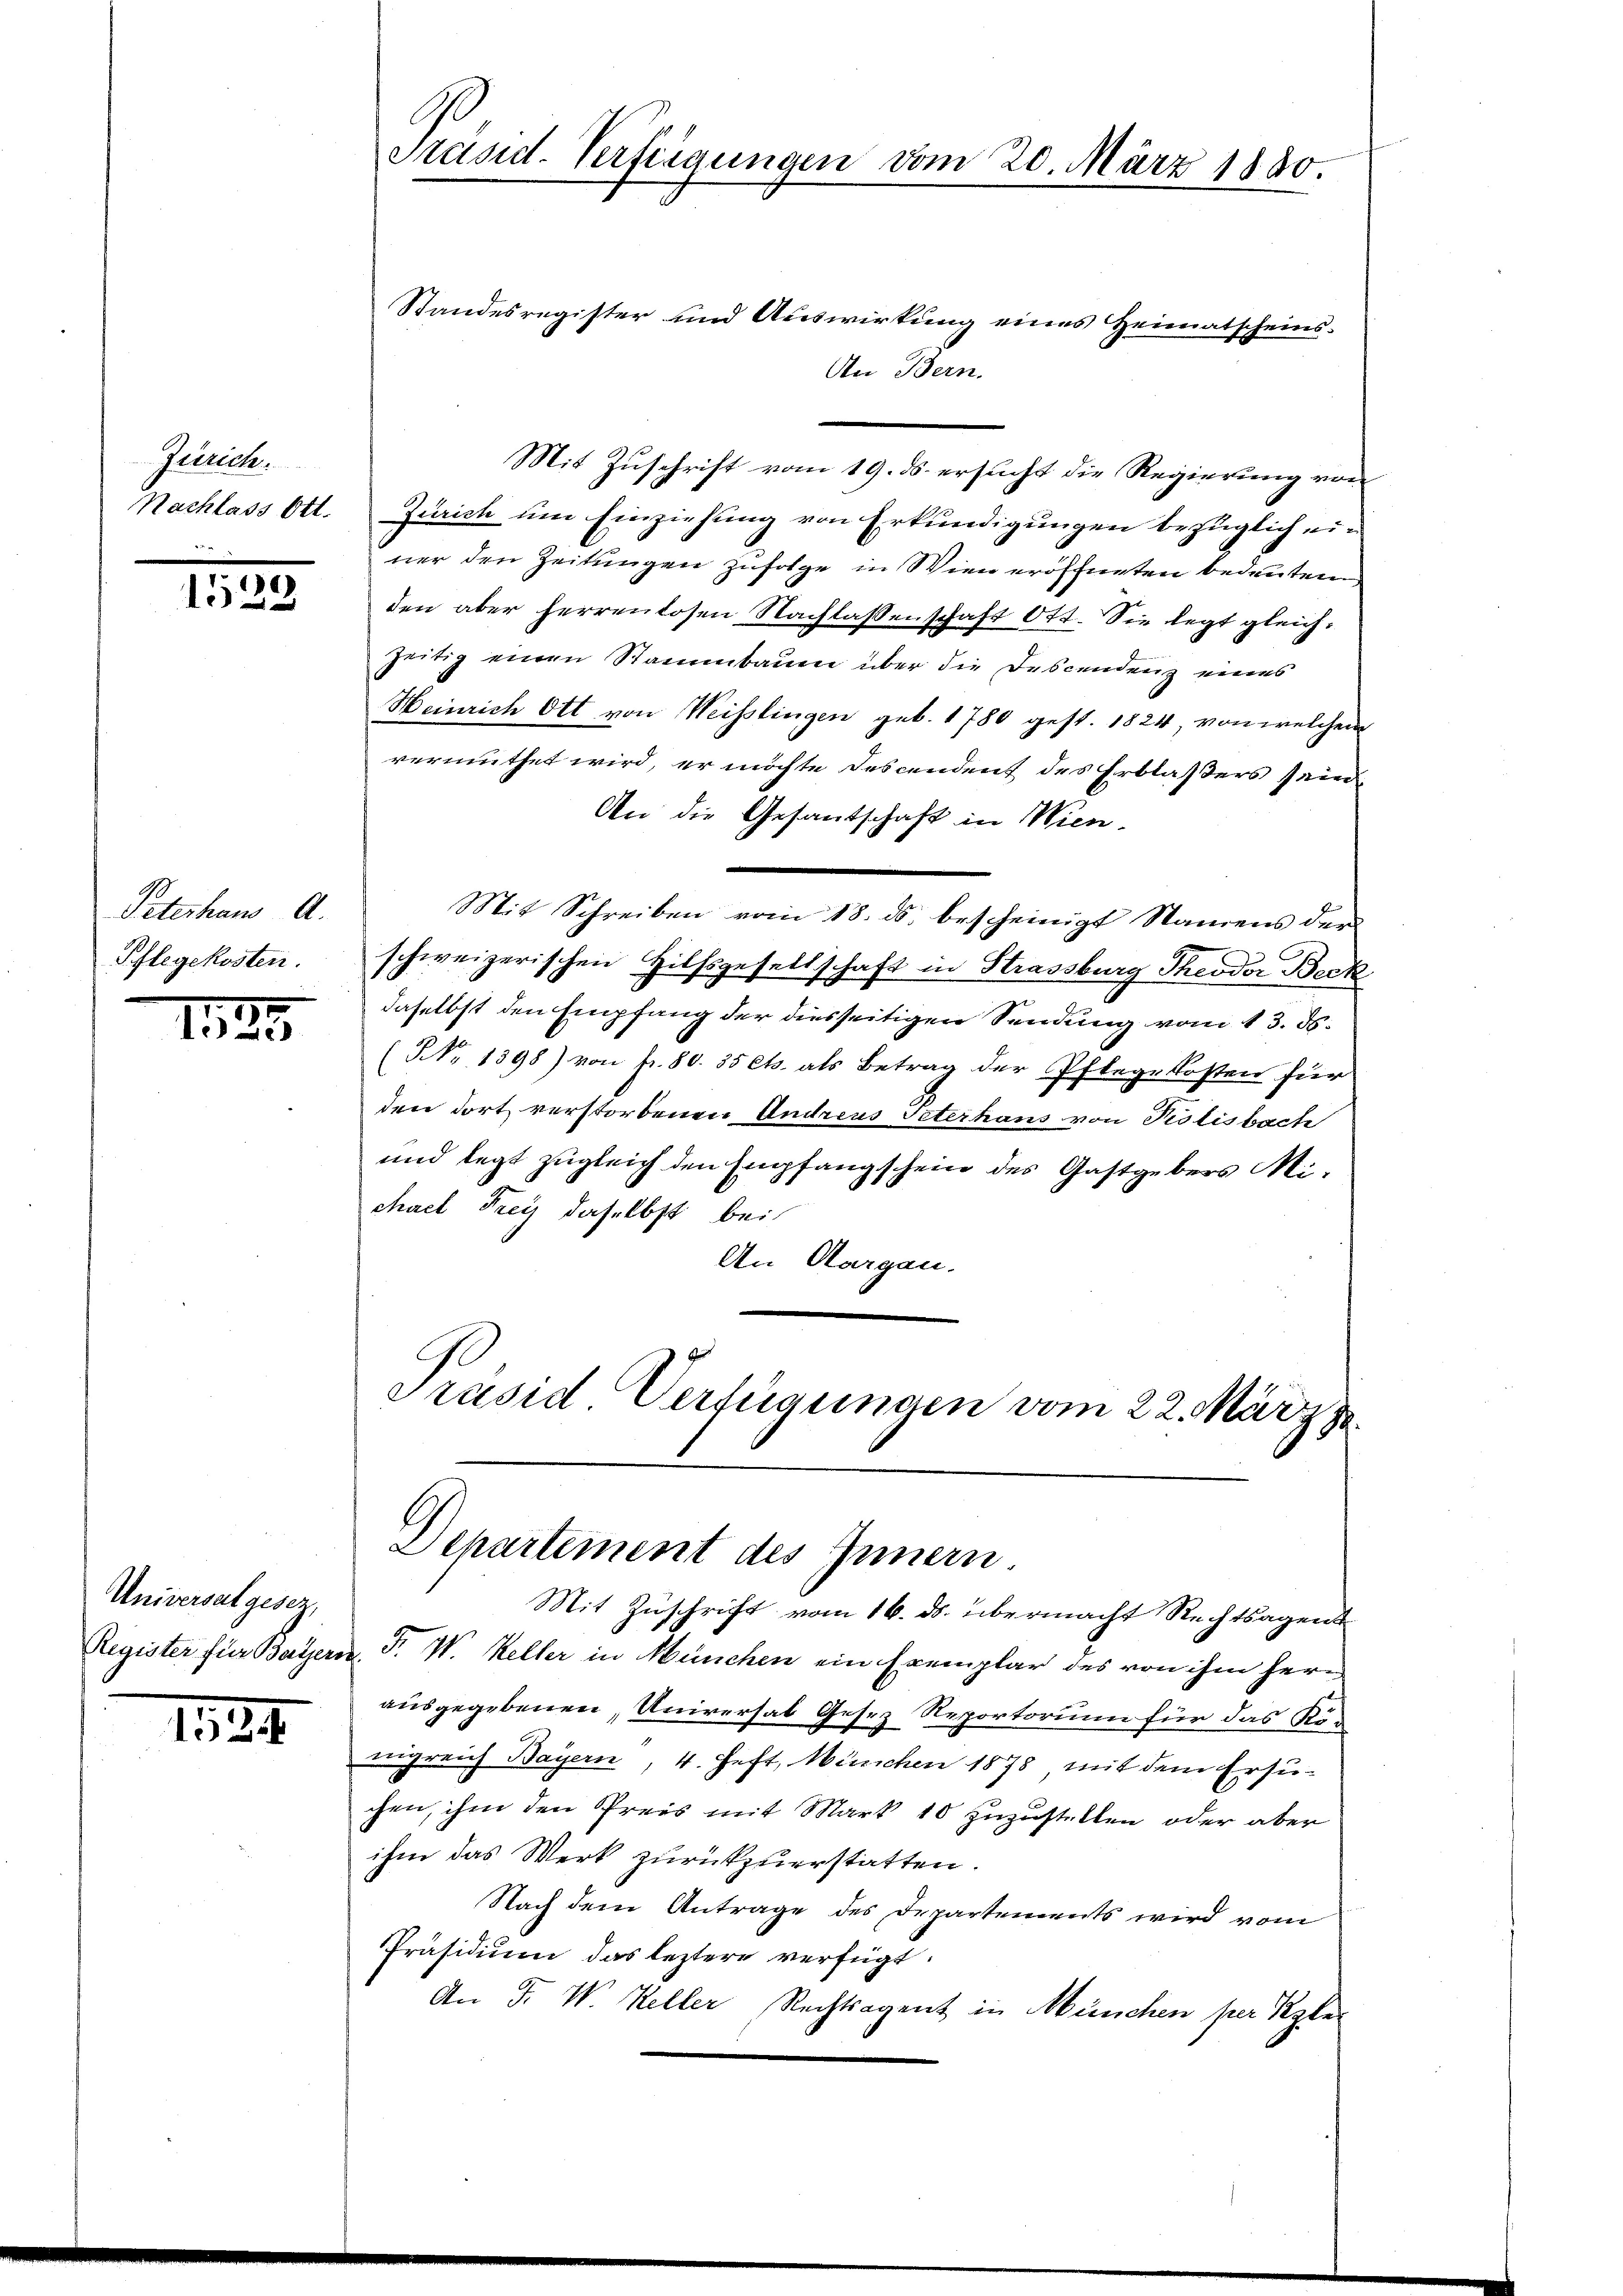
Zürich.

e

Peterhaus A.
Pflegekosten.

127

1524

Universalgesez,

.
Präsid-Verfügungen vom 20. März 1880.

Standesregister und Auswirkung eines Heimatscheins-
An Bern.
Mit Zuschrift vom 19. ds. ersucht die Regierung von
Nachlass Ott. Zürich um Einziehung von Erkundigungen bezüglich ein
ner den Zeitungen zufolge in Wien eröffneten bedeuten
den aber herrenlosen Nachlassenschaft Ott. Sie legt gleichzeitig einen Stammbauen über die Descendenz eines
Heinrich Ott von Weisslingen geb. 1780 gest. 1824, von welchem
vermuthet wird, er möchte Descendent des Erblasers sein
An die Gesantschaft in Wien¬
Mit Schreiben vom 18. ds. bescheinigt Namens der
schweizerischen Hilfsgesellschaft in Strassburg Theodor Beck
daselbst den Empfang der diesseitigen Sendung vom 13. ds.
(NNo. 1398) von fr. 80. 35 Cts. als Betrag der Pflegekosten für
den dort verstorbenen Andreus Peterhaus von Pislisbach
und legt zugleich den Empfangschein des Gastgebers Michael Frey daselbst bei
An Aargau.
Präsid Verfügungen vom 22. März z
Departement des Innern
Mit Zuschrift vom 16. ds. übermacht Rechtsagent
Register für Bayern. F. W. Keller in München ein Exemplar des von ihm heru
ausgegebenen, Universat Gesez Reportorium für das Rön
nigreich Bayern, 4. Heft, München 1878 mit dem Ersuchen, ihm den Preis mit Mark 10 zuzustellen, oder aber
ihm das Werk zurückzuerstatten.
Nach dem Antrage des Departements wird vom
Präsidium das leztere verfügt:
An F. W. Keller Rechtsagent in München per Kle